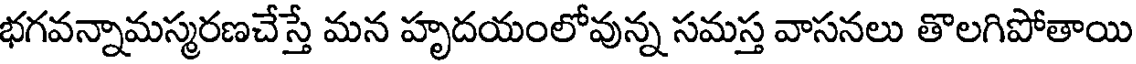
భగవన్నామస్మరణచేస్తే మన హృదయంలోవున్న సమస్త వాసనలు తొలగిపోతాయి